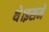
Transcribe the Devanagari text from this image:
थे।इसमें